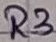
Text: R3